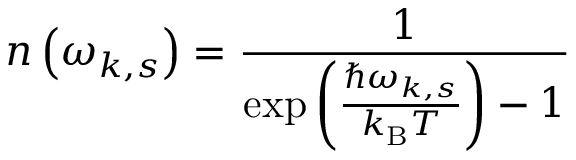
n \left( \omega _ { k , s } \right) = { \frac { 1 } { \exp \left( { \frac { \hbar \omega _ { k , s } } { k _ { \mathrm { B } } T } } \right) - 1 } }